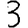
Digit: 3